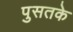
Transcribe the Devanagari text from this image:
पुसतके